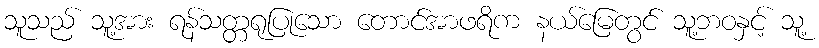
သူသည် သူ့အား ရန်သတ္တရုပြုသော တောင်အာဖရိက နယ်မြေတွင် သူ့ဘဝနှင့် သူ့